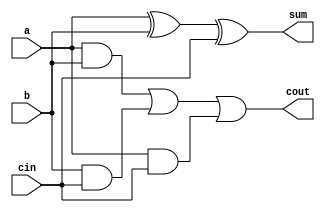
`timescale 1ns / 1ps
//////////////////////////////////////////////////////////////////////////////////
// Company: 
// Engineer: 
// 
// Design Name: 
// Module Name: fulladder
// Project Name: 
// Target Devices: 
// Tool Versions: 
// Description: 
// 
// Dependencies: 
// 
// Revision:
// Revision 0.01 - File Created
// Additional Comments:
// 
//////////////////////////////////////////////////////////////////////////////////


module fulladder(
    input a,
    input b,
    input cin,
    output sum,
    output cout
    );
    assign sum = a^b^cin;
    assign cout = (a&b)|(b&cin)|(a&cin);
endmodule